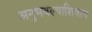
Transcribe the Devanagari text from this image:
अनुभवल्याशिवाय